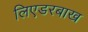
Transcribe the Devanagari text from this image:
लिएडरबाख